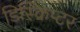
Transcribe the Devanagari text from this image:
डिस्क्रिप्टर